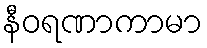
နီဝရဏာကာမာ